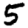
Digit: 5